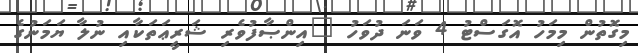
މިގޮތުން މިމަހު އޮގަސްޓު 4 ވަނަ ދުވަހު "އިންޞާފުވެރި ޝަރީޢަތަކާއި ނުލާ ޔަމަނުގެ